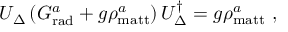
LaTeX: { \cal U } _ { \Delta } \left( G _ { \mathrm { r a d } } ^ { a } + g \rho _ { \mathrm { m a t t } } ^ { a } \right) { \cal U } _ { \Delta } ^ { \dagger } = g \rho _ { \mathrm { m a t t } } ^ { a } \ ,